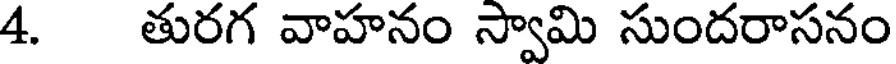
4. తురగ వాహనం స్వామి సుందరాసనం